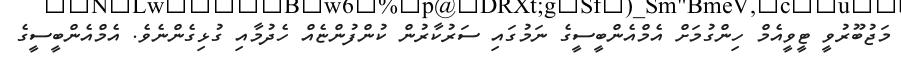
މަޖުބޫރުވީ ޓީވީއެމް ހިންގުމަށް އެމްއެންބީސީގެ ނަމުގައި ސަރުކާރުން ކުންފުންޏެއް ހެދުމާއި ގުޅިގެންނެވެ. އެމްއެންބީސީގެ